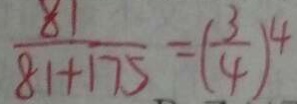
\frac { 8 1 } { 8 1 + 1 7 5 } = ( \frac { 3 } { 4 } ) ^ { 4 }